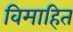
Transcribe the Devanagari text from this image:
विमाहित